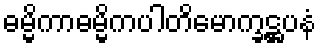
ဓမ္မိကာဓမ္မိကပါတိမောက္ခဋ္ဌပနံ